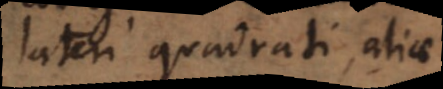
lateri quadrati, aliae